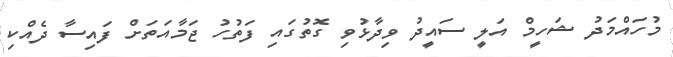
މުހައްމަދު ޝަހީމް އަލީ ސައީދު ވިދާޅުވި ގޮތުގައި ފަތުހު ޖަމާއަތަށް ފައިސާ ދެއްކި